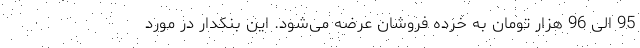
95 الی 96 هزار تومان به خرده فروشان عرضه می‌شود. این بنکدار در مورد